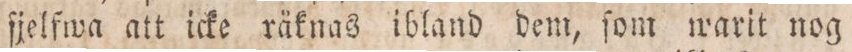
ſjelfwa att icke räknas ibland dem, ſom warit nog